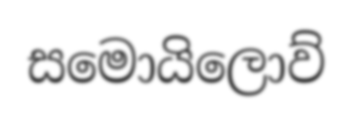
සමොයිලොව්